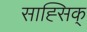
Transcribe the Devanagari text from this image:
साह्सिक्